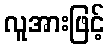
လူအားဖြင့်